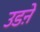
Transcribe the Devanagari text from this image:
उडऩे